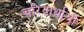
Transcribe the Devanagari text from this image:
चरितार्थाची